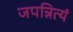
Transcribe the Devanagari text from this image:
जपन्नित्यं